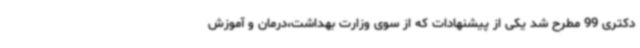
دکتری 99 مطرح شد یکی از پیشنهادات که از سوی وزارت بهداشت،درمان و آموزش